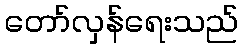
တော်လှန်ရေးသည်